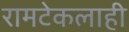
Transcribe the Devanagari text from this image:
रामटेकलाही